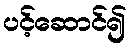
ပင့်ဆောင်၍